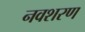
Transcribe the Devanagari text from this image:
नवशरण